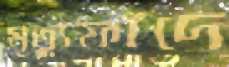
মৃত্যুফাঁদে